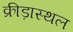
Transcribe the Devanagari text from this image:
क्रीड़ास्‍थल